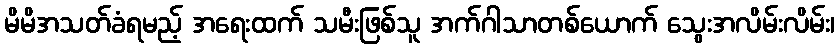
မိမိအသတ်ခံရမည့် အရေးထက် သမီးဖြစ်သူ အက်ဂါသာတစ်ယောက် သွေးအလိမ်းလိမ်း၊